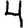
Digit: 4